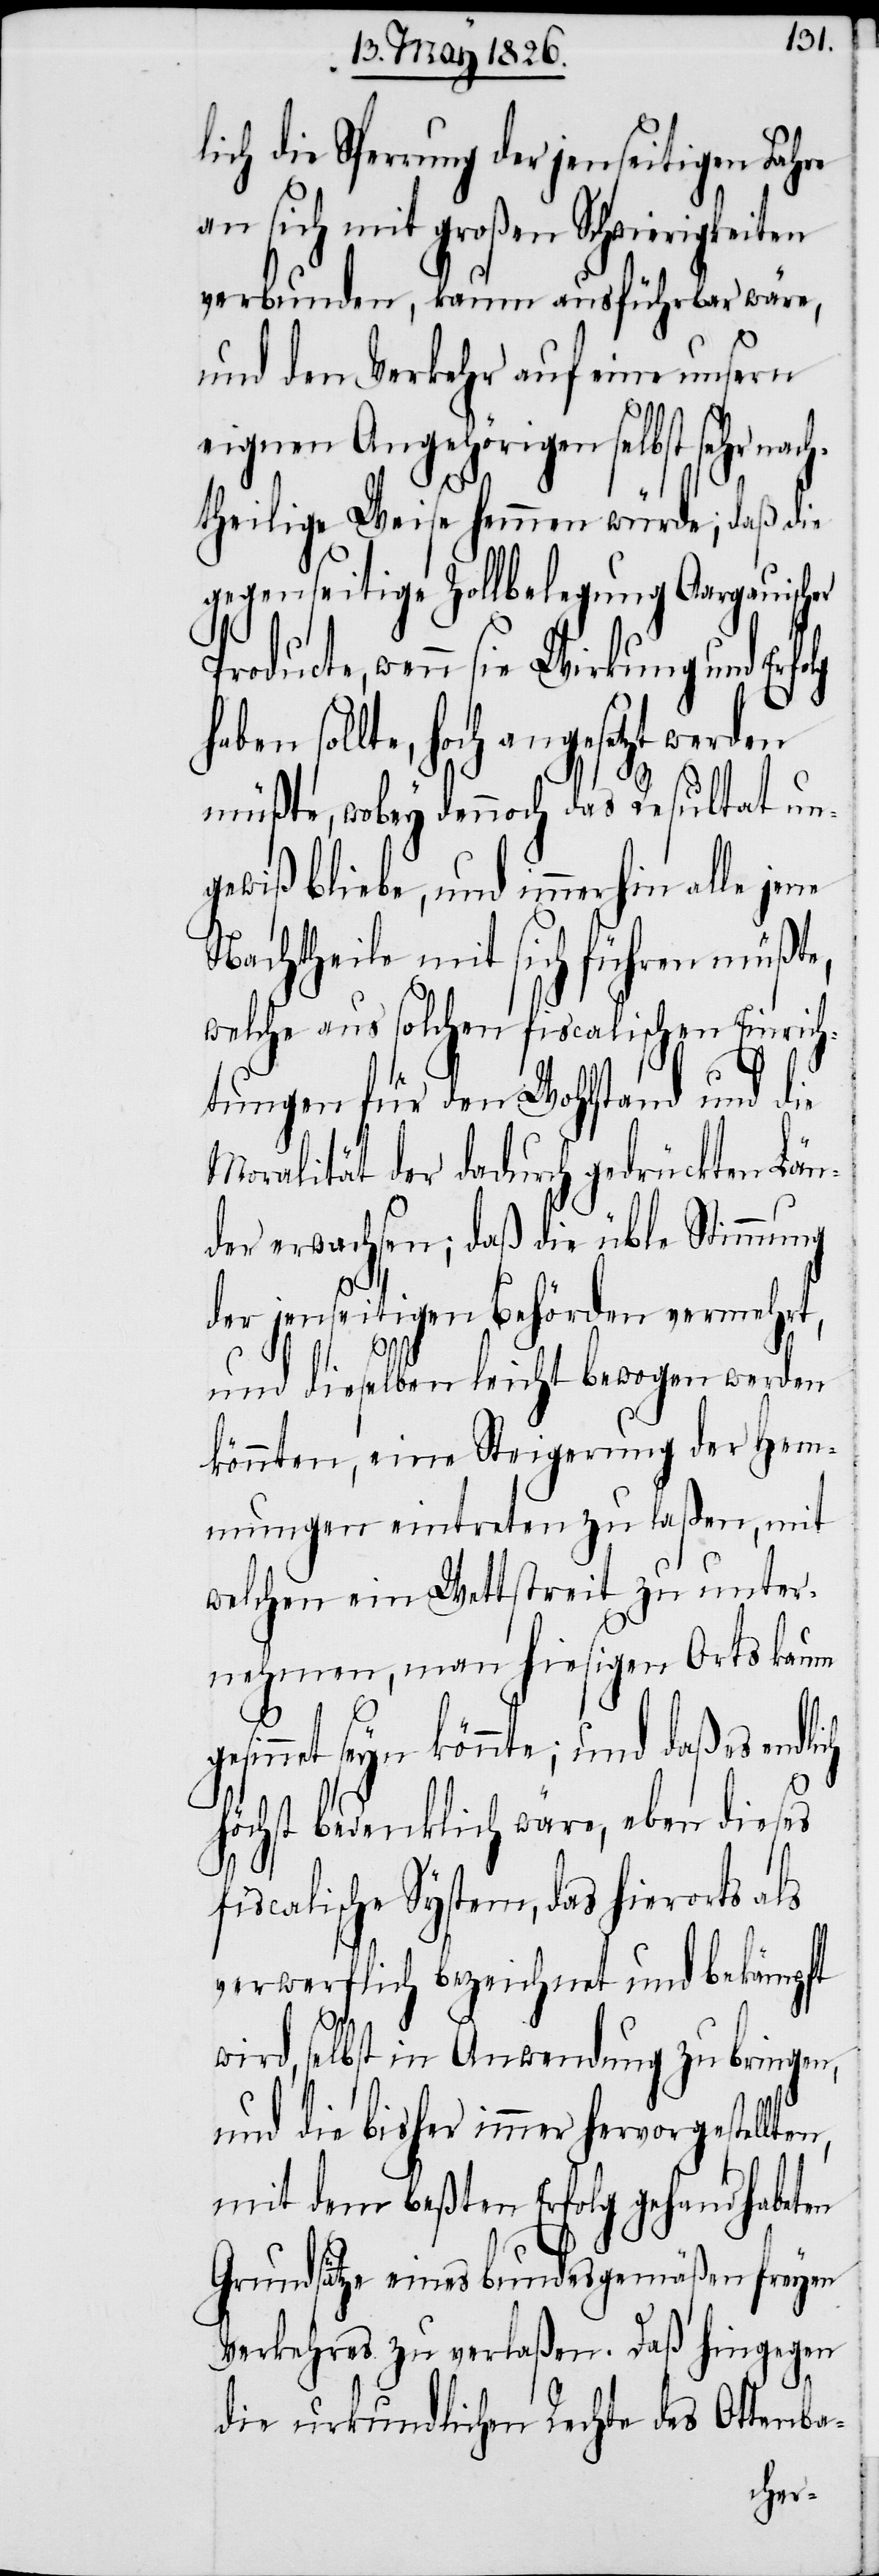
lich die Sperrung der jenseitigen Fahre
an sich mit großem Schwierigkeiten
verbunden, kaum ausführbar wäre,
und den Verkehr auf eine unsern
eigenen Angehörigen selbst sehr nach¬
theilige Weise hemmen würde; daß die
gegenseitige Zollbelegung Aargauischer
wenn sie Wirkung und Erfo¬
sollte, hoch angesetzt werden
müßte, wobey dennoch das Resultat un¬
gewiß bliebe, und immerhin alle
Nachtheile mit sich führen müßte,
welche aus solchen fiscalischen Einrich¬
tungen für den Wohlstand und die
Moralität der dadurch gedrückten Län¬
der erwachsen; daß die üble Stimmung
lg
der jenseitigen Behörden vermehrt,
n,
und dieselben leicht bewogen werden
könnten, eine Steigerung der Hem¬
mungen eintreten zu laßen, mit
welchem ein Wettstreit zu unter¬
nehmen, man hiesigen Orts kaum
innet seyn könnte; und daß es
höchst bedenklich wäre, eben dieses
fiscalische System, das hierorts als
verwerflich bezeichnet und bekämpft
wird, selbst in Anwendung zu bringen,
und die bisher immer hervorgestellte¬
mit dem beßten Erfolg gehandhabeten
Grundsätze eines bundesgemäßen freyen
Verkehres zu verlaßen. Daß hingegen
die urkundlichen Rechte des Ottenba-
ges¬